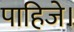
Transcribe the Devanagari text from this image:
पाहिजे।